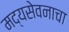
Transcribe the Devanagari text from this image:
मद्यसेवनाचा